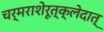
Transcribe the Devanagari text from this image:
चर्मराशेरूत्क्लेदात्